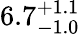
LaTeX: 6.7_{-1.0}^{+1.1}